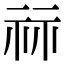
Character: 祘